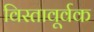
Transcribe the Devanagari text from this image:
विस्तावूर्वक